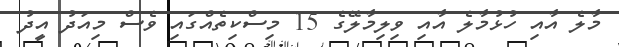
މާލެ އާއި ހުޅުމާލެ އާއި ވިލިމާލޭގެ 15 މިސްކިތެއްގައި ވެސް މިއަދު އީދު